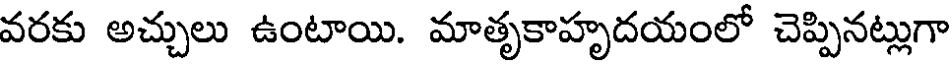
వరకు అచ్చులు ఉంటాయి. మాతృకాహృదయంలో చెప్పినట్లుగా